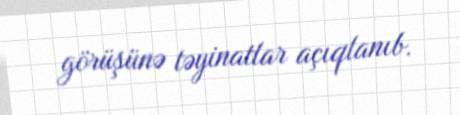
görüşünə təyinatlar açıqlanıb.